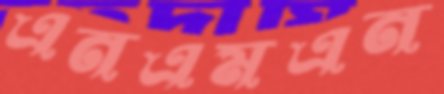
এনএমএন